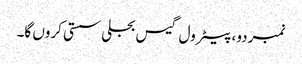
نمبردو، پیٹرول گیس بجلی سستی کروں گا۔